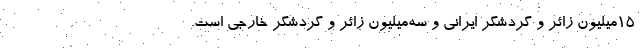
۱۵میلیون زائر و گردشگر ایرانی و سه‌میلیون زائر و گردشگر خارجی است.